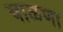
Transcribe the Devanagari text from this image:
चाळणा